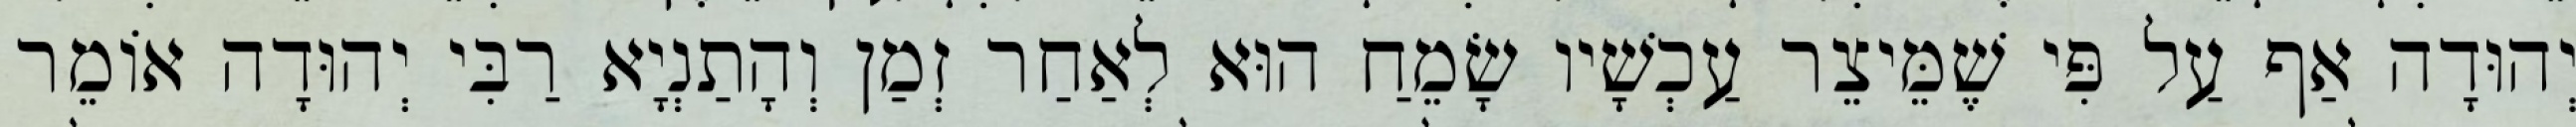
יְהוּדָה אַף עַל פִּי שֶׁמֵּיצֵר עַכְשָׁיו שָׂמֵחַ הוּא לְאַחַר זְמַן וְהָתַנְיָא רַבִּי יְהוּדָה אוֹמֵר